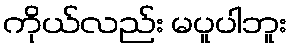
ကိုယ်လည်း မပူပါဘူး